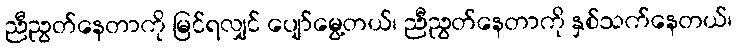
ညီညွတ်နေတာကို မြင်ရလျှင် ပျော်မွေ့တယ်၊ ညီညွတ်နေတာကို နှစ်သက်နေတယ်၊